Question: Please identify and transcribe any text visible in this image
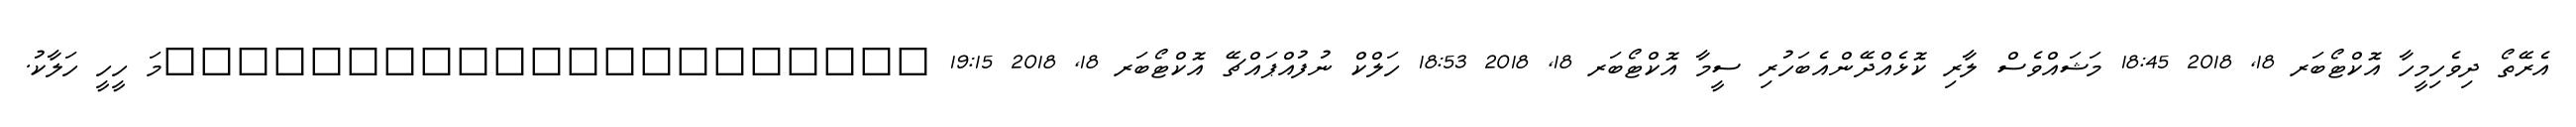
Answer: އެރޭތޯ ދިވެހިމީހާ އޮކްޓޯބަރ 18, 2018 18:45 މަޝައްވެސް ލާރި ކޮޅެއްދޭންއެބަހުރި ސީމާ އޮކްޓޯބަރ 18, 2018 18:53 ހަލްކް ނުފުއްޕައްޗޭ އޮކްޓޯބަރ 18, 2018 19:15 ?????????????????????މަ ހީހީ ހަލާކު.